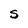
Character: s